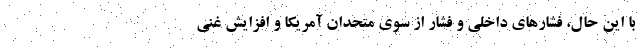
با این حال، فشارهای داخلی و فشار از سوی متحدان آمریکا و افزایش غنی